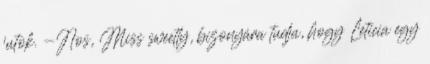
jutok. -Nos, Miss sweetly, bizonyára tudja, hogy Leticia egy